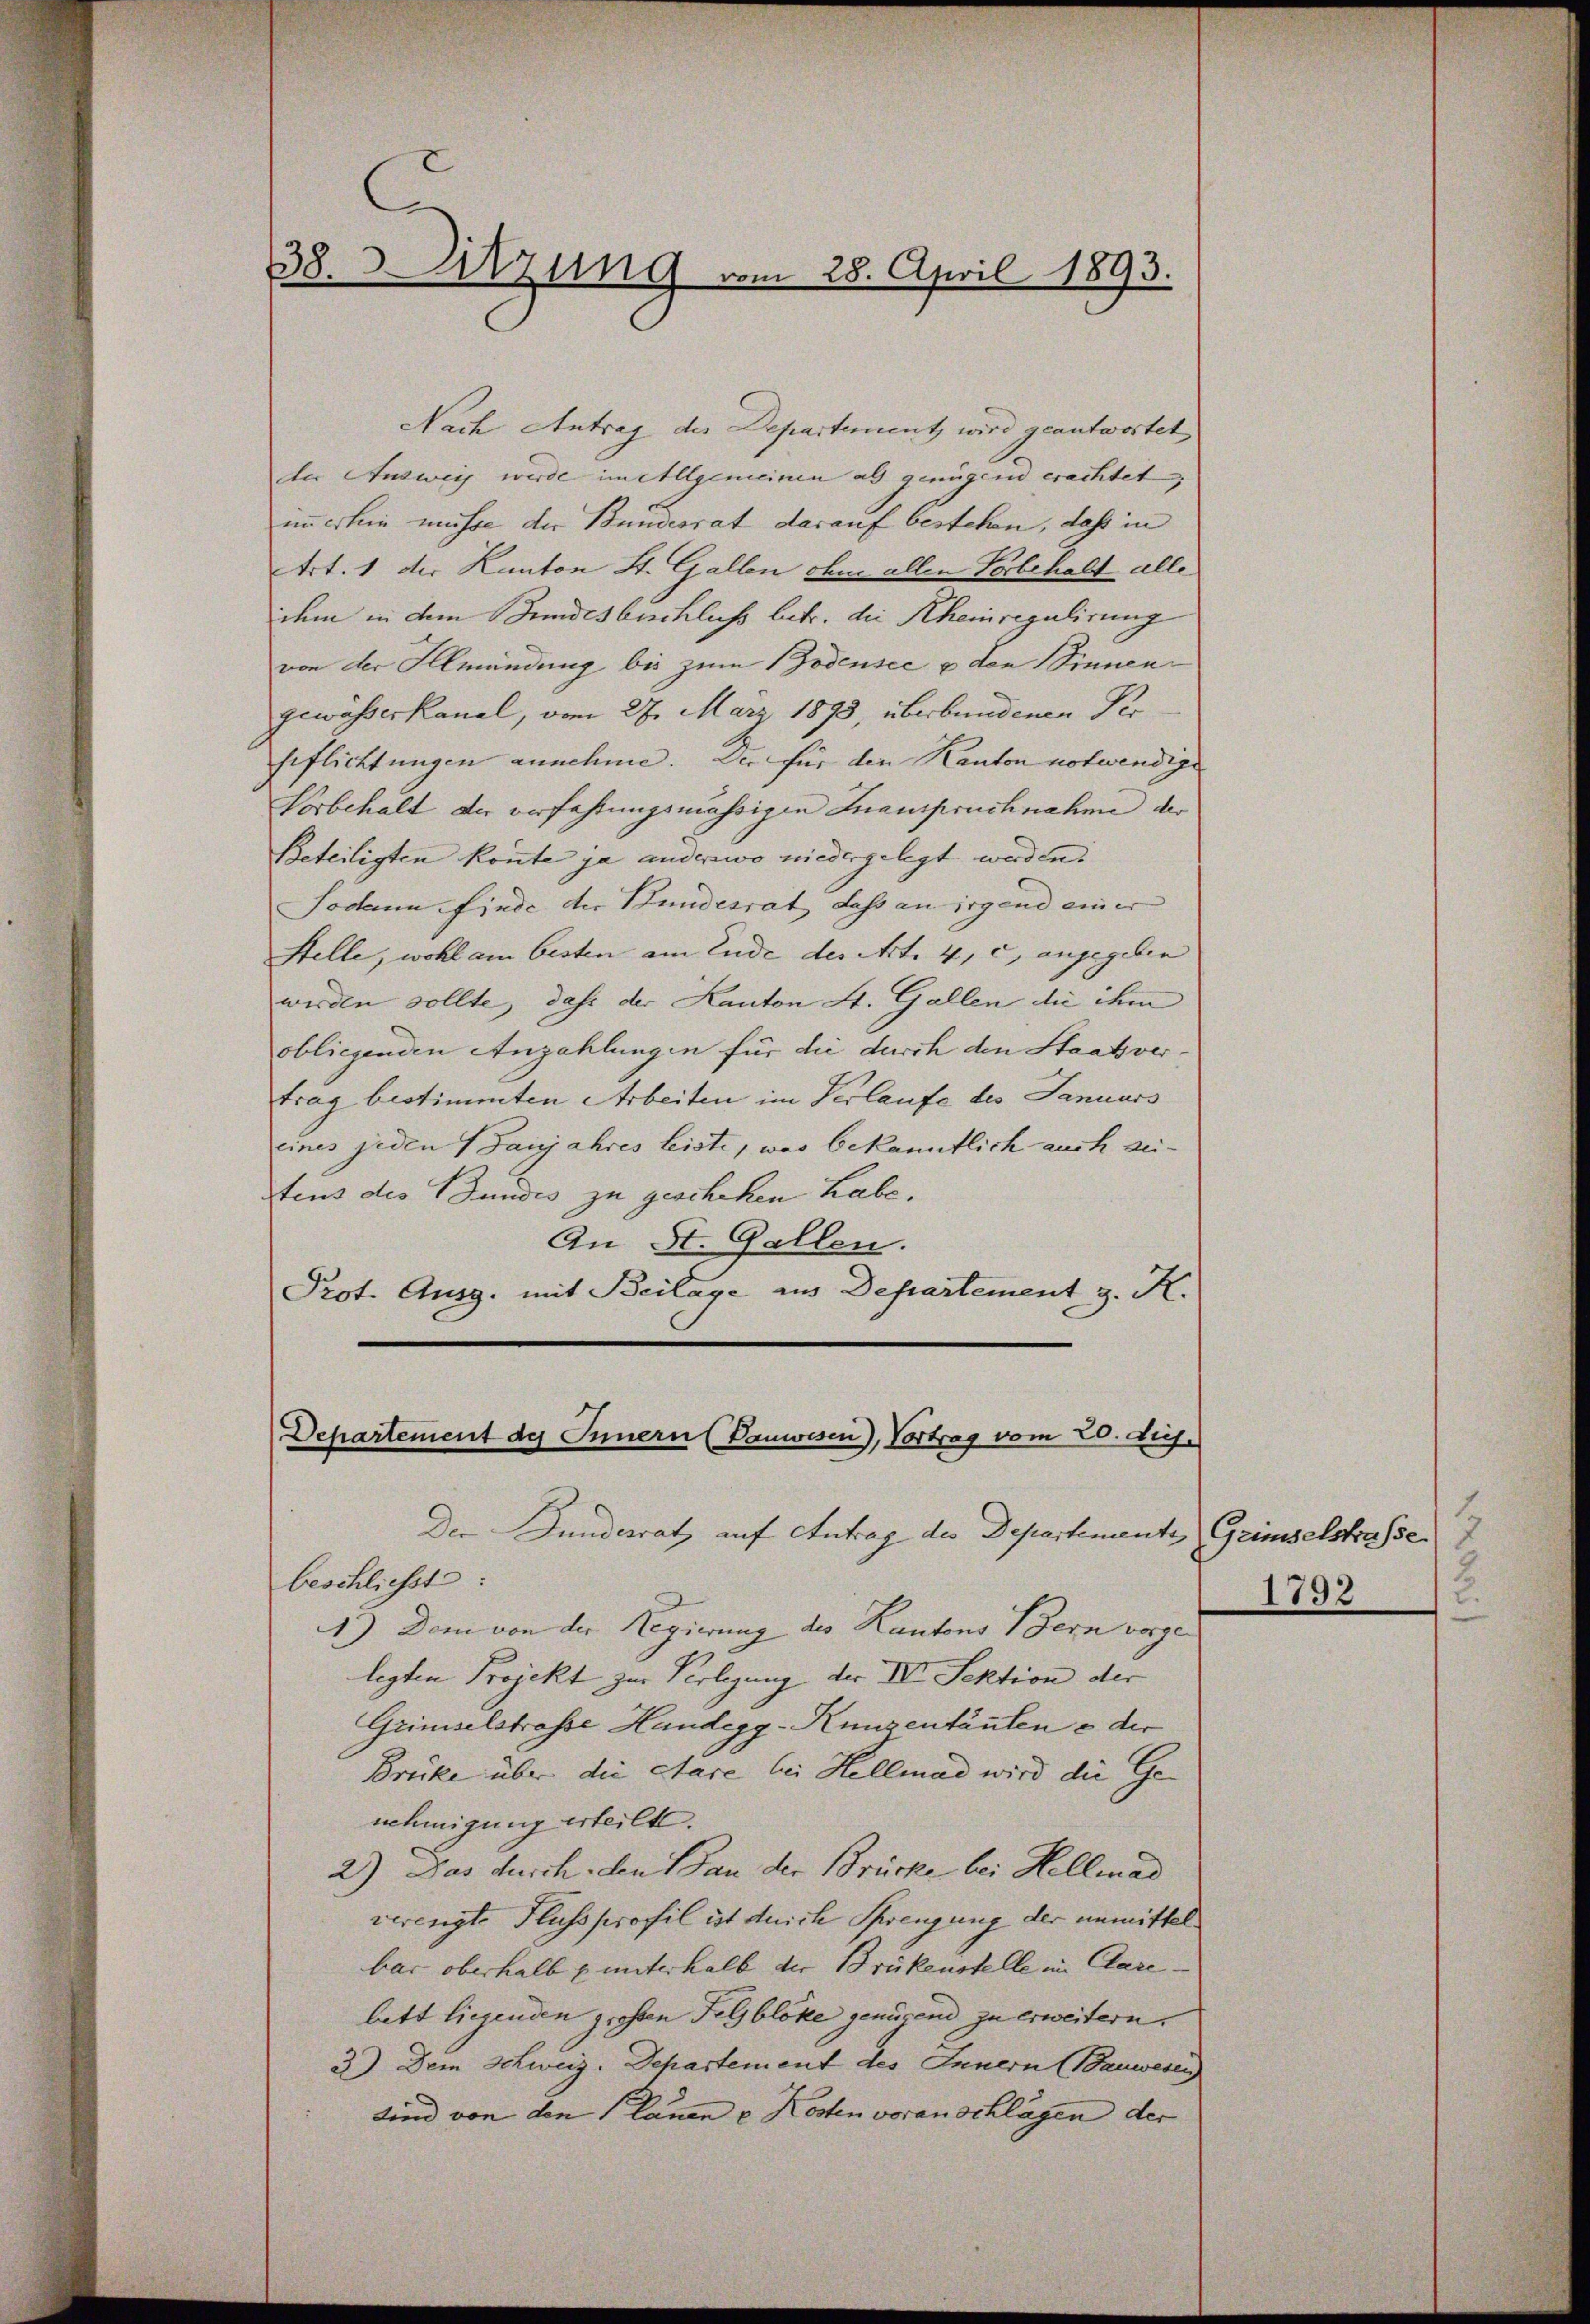
e
383. Sitzung vom 28. April 1893.

Nach Antrag der Departement wird geantwortet
der Ausweis wurde im Allgemeinen als genügend erachtet
immerhin müsse der Bundesrat darauf bestehen, dass in
Art. 1 der Kanton St. Gallen ihm allen Vorbehalt alle
dem in dem Bundesbüchliche betr. die Rheinregulirung
von der Illmündung bis zum Bodensee u den Sinnen
gewässerkanal, vom 27. März 1893, überbundenen Ver
geflichtungen annehme. Der für den Kanton notwendige
Vorbehalt der verfahrungsmässigen Inanspruchnahme der
Beteiligten konnte ja anderswo niedergelegt werden.
Jodann finde der Stundesrat dass an irgend einer
Stelle, wohl am besten am Ende des Art. 4, c) angegeben
werden sollte, dass der Kanton St. Gallen die ihm
obliegenden Anzahlungen für die durch den Staatsvertrag bestimmten Arbeiten im Verlaufe des Januars
eines jeden (Sanjahres leiste, was bekanntlich auch zei-
tens des Bundes zu geschehen Labe.
An St. Gallen.
Prot. Ausg. mit Beilage aus Departement z. K.

Departement des Innern (Danwesen), Vortrag vom 20. Aus

Der Bundesrat auf Antrag des Departemente Grimselstrasse 2
beschließt:
1) Dem von der Regierung des Kantons Bern vorgelegten Projekt zur Verlegung der IV. Sektion der
Grimselstraße Handegg-Kunzentäuten & der
Brücke über die Stare bei Hellmad wird die Genehmigung erteilt.
2) Das durch den Bau der Brücke bei Hellenad
verengte Fluss profil ist durch Sprengung der unmittel
bar oberhalb p unterhalb der Brükenstelle in Clarebett liegenden großen Felsbloke genügend zu erweitern.
2) Dem Schweiz. Departement des Innern (Bauwesen
Sind von den Plauen u Kosten voranschlägen der

1
9
2.
1792